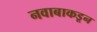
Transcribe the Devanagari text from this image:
नवाबाकडून